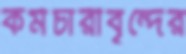
কর্মচারীবৃন্দের